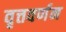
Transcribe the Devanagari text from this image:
वृत्तवर्णन